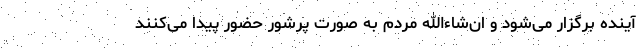
آینده برگزار می‌شود و ان‌شاءالله مردم به صورت پرشور حضور پیدا می‌کنند